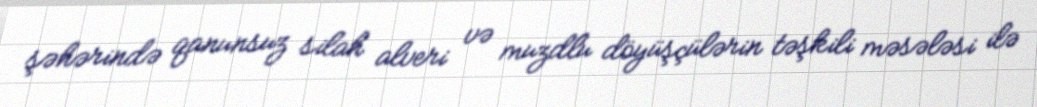
şəhərində qanunsuz silah alveri və muzdlu döyüşçülərin təşkili məsələsi ilə